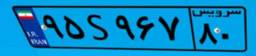
۹۵S۹۶۷۸۰